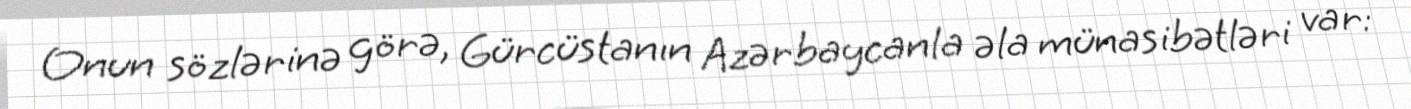
Onun sözlərinə görə, Gürcüstanın Azərbaycanla əla münasibətləri var: